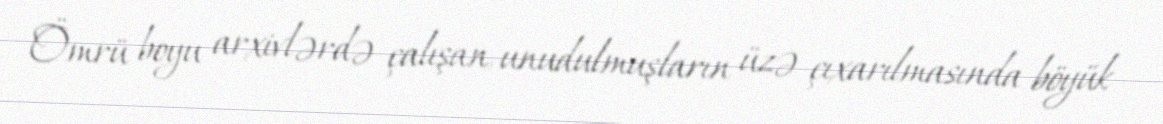
Ömrü boyu arxivlərdə çalışan, unudulmuşların üzə çıxarılmasında böyük